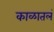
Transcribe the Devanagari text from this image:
काळातलं